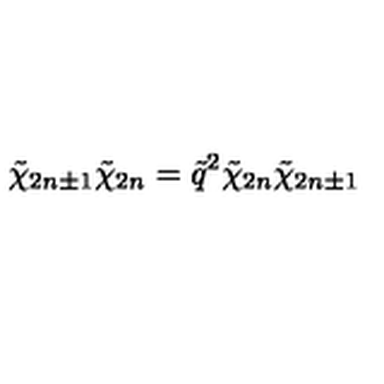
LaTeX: \tilde { \chi } _ { 2 n \pm 1 } \tilde { \chi } _ { 2 n } = \tilde { q } ^ { 2 } \tilde { \chi } _ { 2 n } \tilde { \chi } _ { 2 n \pm 1 }